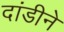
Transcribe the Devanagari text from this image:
दांडीने